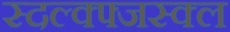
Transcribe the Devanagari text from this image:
स्दल्क्फ्जस्क्ल